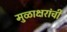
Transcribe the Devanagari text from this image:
मुळाक्षरांची